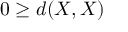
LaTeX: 0 \geq d ( X , X )